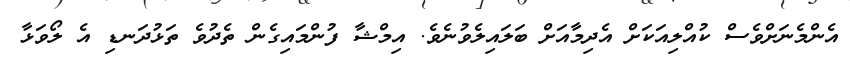
އެންމެނަށްވެސް ކުއްލިއަކަށް އެދިމާއަށް ބަލައިލެވުނެވެ. އިމްޝާ ފުންމައިގެން ތެދުވެ ތަޅުދަނޑި އެ ލޯވަޅާ